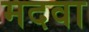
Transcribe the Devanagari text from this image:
मदवा